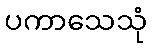
ပကာသေသုံ